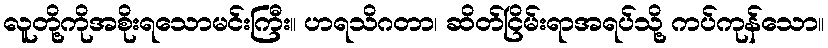
လူတို့ကိုအစိုးရသောမင်းကြီး။ ဟရသိဂတာ၊ ဆိတ်ငြိမ်းရာအရပ်သို့ ကပ်ကုန်သော။